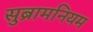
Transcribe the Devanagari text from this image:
सुब्रामनियम